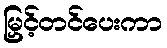
မြှင့်တင်ပေးကာ